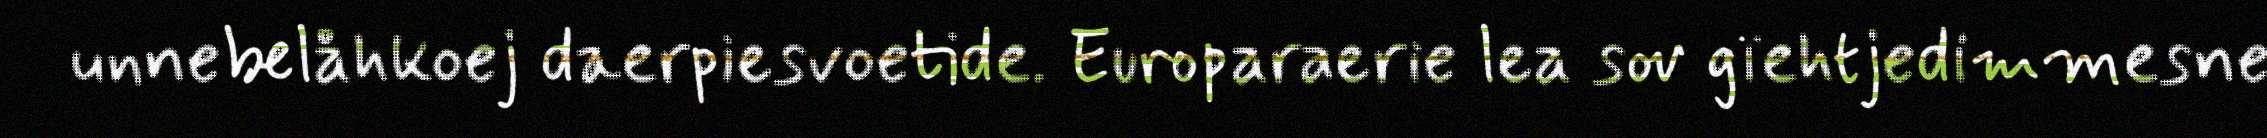
unnebelåhkoej daerpiesvoetide. Europaraerie lea sov gïehtjedimmesne